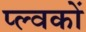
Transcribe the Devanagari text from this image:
प्ल्वकों